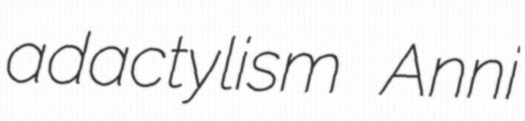
adactylism Anni